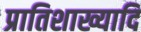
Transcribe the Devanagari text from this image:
प्रातिशाख्यादि